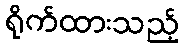
ရိုက်ထားသည့်